Regulations for the medical services of the Army of India
Year: 1930
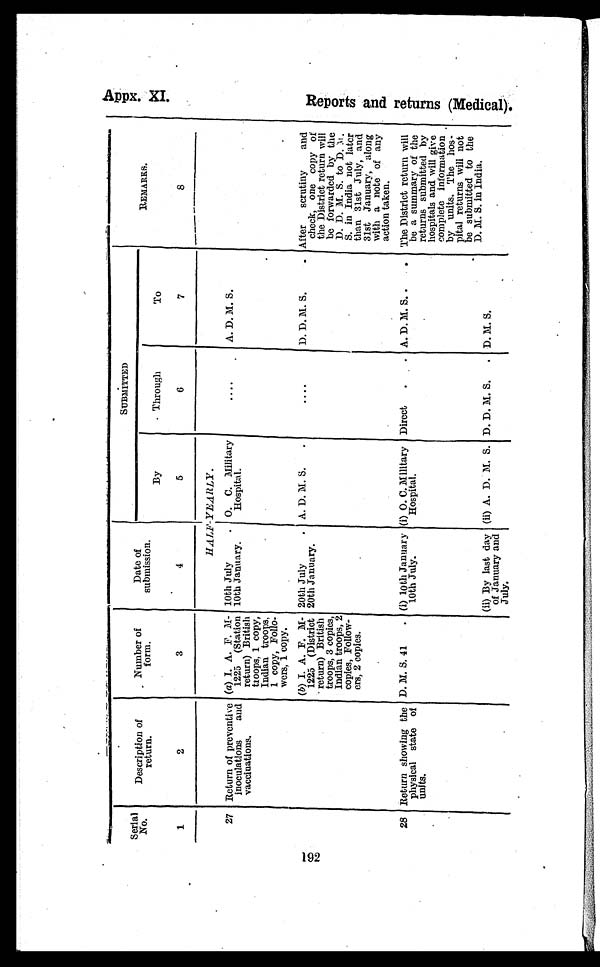
192
Serial
No.
1
Description of
r e t u r n .
2
Number of
form.
3
Date of
submission.
4
SUBMITTED
REMARKS.
8
By
5
Through
6
To
7
HALF YEARLY .
27 Return of preventive
inoculations and
vaccinations.
(a) I. A. F. M-
1225 (Station
return) British
troops, 1 copy,
Indian troops,
1 copy, Follo
wers, 1 copy.
10th July
.
10th January.
O. C. Military
Hospital.
....
A. D. M . S.
(b) I. A. F. M-
1225 (District
- return) British
troops, 3 copies,
Indian troops, 2
copies, Follow
ers, 2 copies.
20th July
.
20th January.
A. D. M. S. .
....
D. D. M. S.
. After scrutiny and
check, one copy of
the District return will
be forwarded by the
D. D. M. S. to D. M .
S. in India not later
than 31st July, and
31st January, along
with a note of any
action taken.
28 Return showing the
physical state of
units.
D. M. S. 41 . (i) 10th January
10th July.
(i) O. C. Military
Hospital.
Direct .
. A. D. M. S. .
The District return will
be a summary of the
returns submitted by
hospitals and will give
complete information
by units. The hos
pital returns will not
be submitted to the
D. M. S. in India.
(ii) By last day
of January and
July.
(ii) A. D. M. S. D. D. M. S. . D. M. S.
Ap p x . XI .
R e p o r t s a n d r e t u r n s ( M e d i c a l ) .